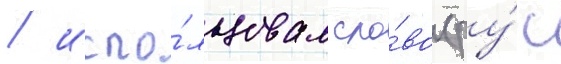
/ испо́льзовал сло́во (ру́с